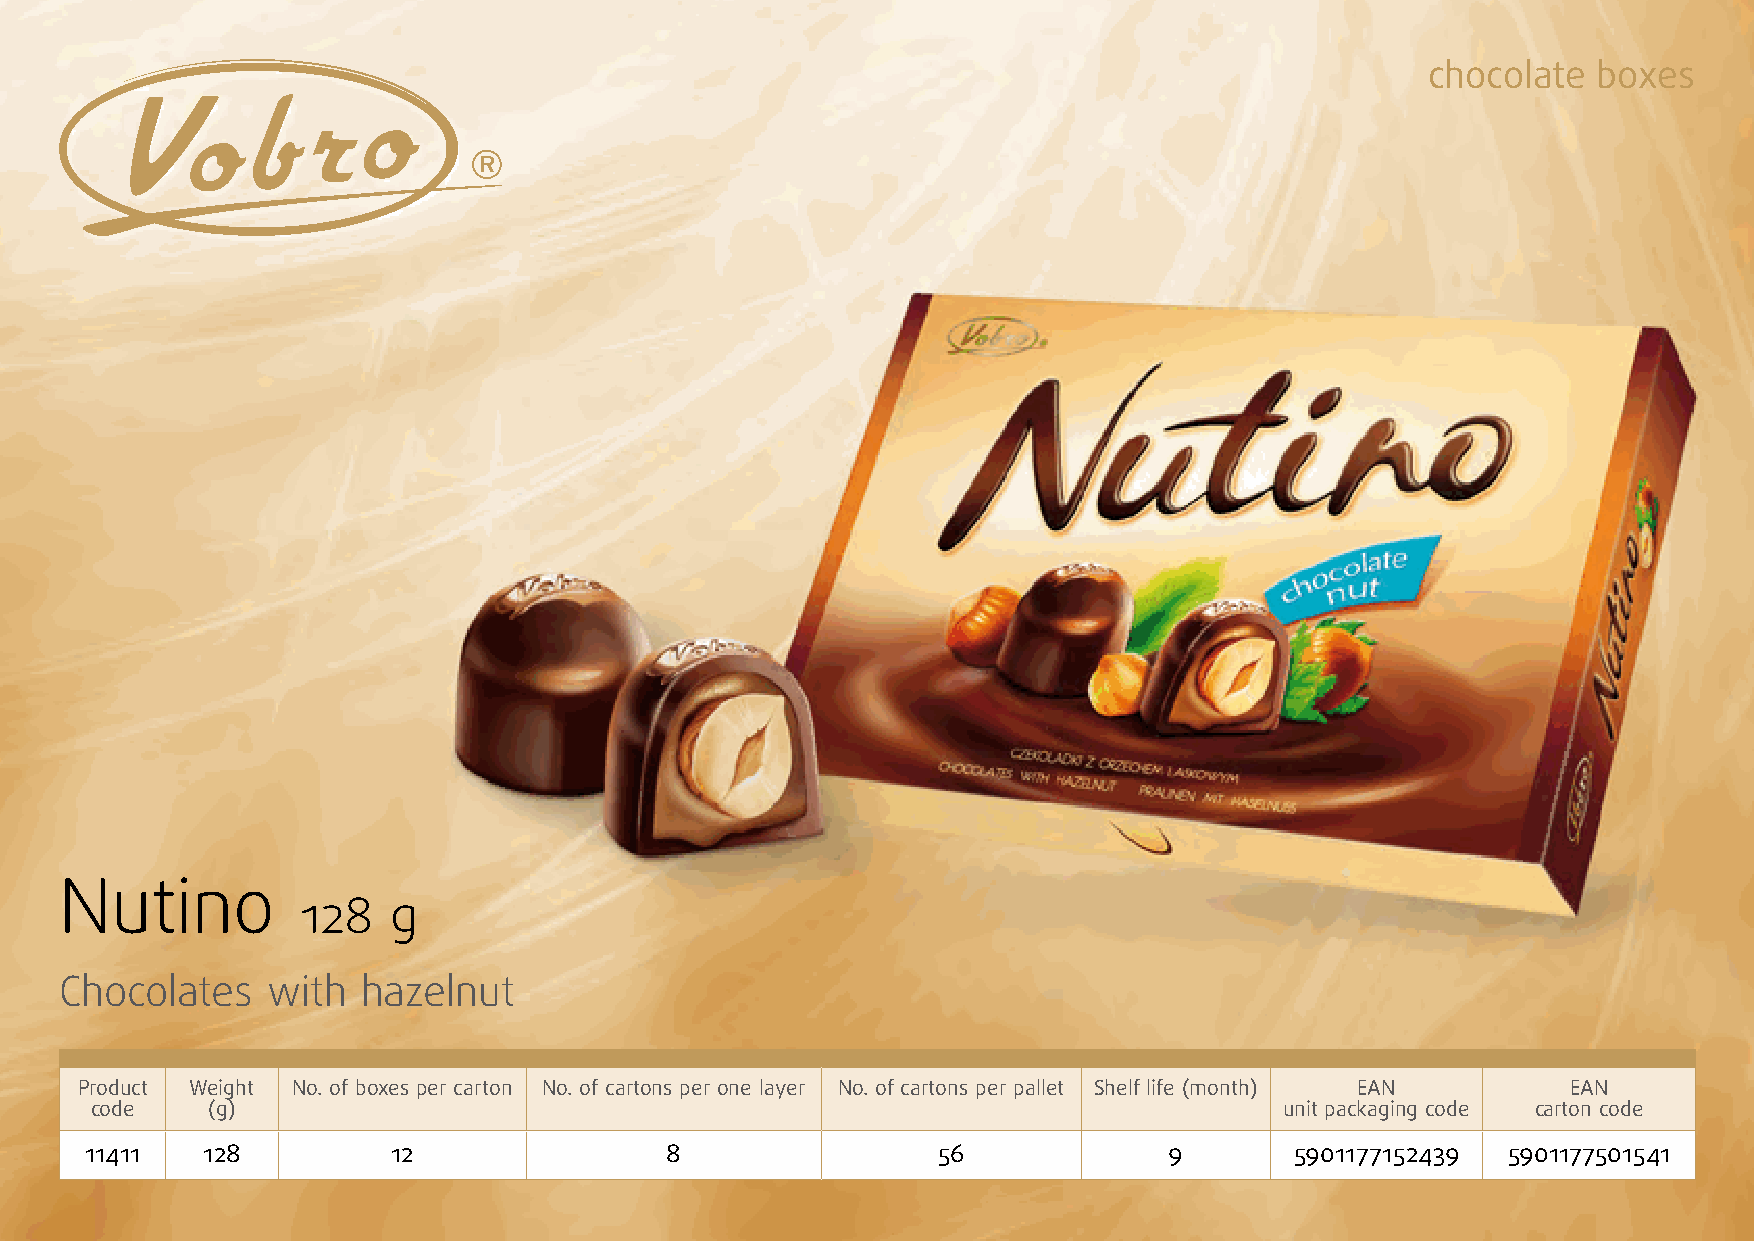
chocolate  boxes
 Nutino
 128   g
 Chocolates    with  hazelnut
 Product Weight No. of boxes per carton No. of cartons per one layer No. of cartons per pallet Shelf life (month) EAN EAN
 code    (g)                                                                    unit packaging code carton code
 11411  128          12                8                 56             9        5901177152439 5901177501541